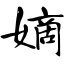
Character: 嫡